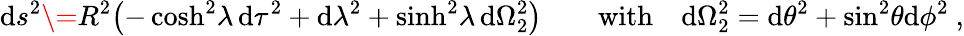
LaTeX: \mathrm{d}s^{2}\= R^{2}\bigl(-\cosh^{2}\! \lambda\, \mathrm{d}\tau^{2}+\mathrm{d}\lambda^{2}+\sinh^{2}\! \lambda\, \mathrm{d}\Omega_{2}^{2}\bigr)\qquad\textrm{with}\quad\mathrm{d}\Omega_{2}^{2}=\mathrm{d}\theta^{2}+\sin^{2}\! \theta\mathrm{d}\phi^{2}\ ,